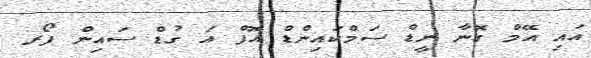
އައި އޭމް ގޮނާ ނީޑް ސަމްކައިންޑް އޮފް އަ ގުޑް ސައިން ފޯރ